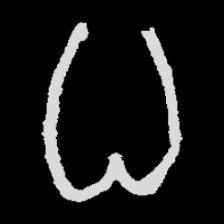
Pyu character \u2014 Myanmar letter: ဓ (romanized: dha)